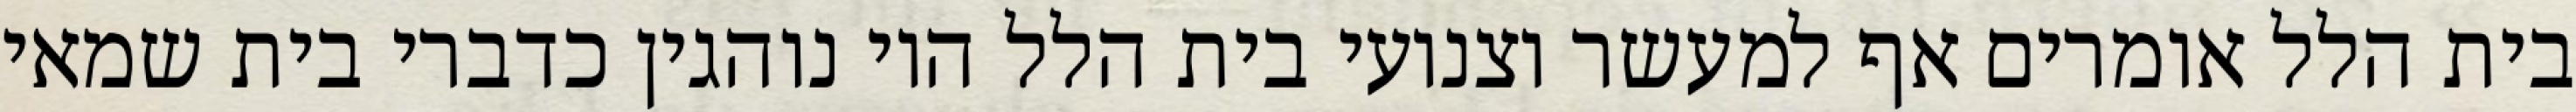
בית הלל אומרים אף למעשר וצנועי בית הלל היו נוהגין כדברי בית שמאי